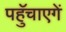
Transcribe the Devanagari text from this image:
पहुॅचाएगें